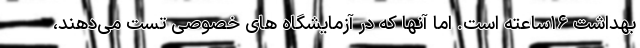
بهداشت ۱۶ساعته است. اما آنها که در آزمایشگاه های خصوصی تست می‌دهند،